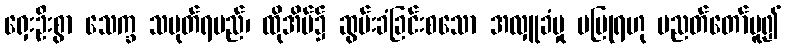
ရှေးဦးစွာ သေက္ခ သမုတ်ရမည်၊ ထိုအိမ်၌ ဆွမ်းခံခြင်းစသော အလှူခံမှု မပြုရဟု ပညတ်တော်မူ၍